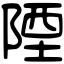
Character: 陻